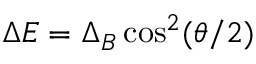
\Delta E = \Delta _ { B } \cos ^ { 2 } ( \theta / 2 )